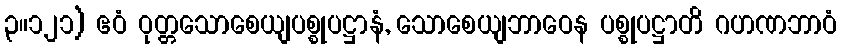
၃။၁၂၁) ဧဝံ ဝုတ္တသောစေယျပစ္စုပဋ္ဌာနံ, သောစေယျဘာဝေန ပစ္စုပဋ္ဌာတိ ဂဟဏဘာဝံ